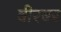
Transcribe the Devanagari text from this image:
बीरबर